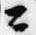
公